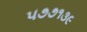
૫૭૭૧૩૯